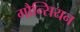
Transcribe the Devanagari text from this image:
गौन्सियन